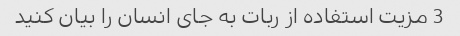
3 مزیت استفاده از ربات به جای انسان را بیان کنید